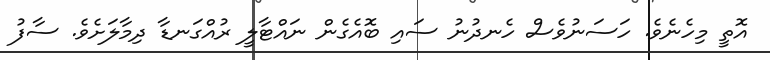
އޮތީ މިހެނެވެ. ހަސަނުވެސް ހެނދުނު ސައި ބޮއެގެން ނައްޓާލީ ރުއްގަނޑާ ދިމާލަށެވެ. ސާފު